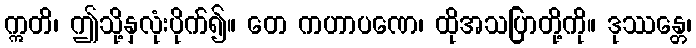
ဣတိ၊ ဤသို့နှလုံးပိုက်၍။ တေ ကဟာပဏေ၊ ထိုအသပြာတို့ကို။ ဒုဿန္တေ၊